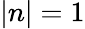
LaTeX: |n|=1